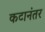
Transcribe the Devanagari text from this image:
कटानंतर